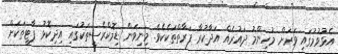
އެޅުވުމުގައި ވަރަށް މުހިންމު ދައުރެއް އަދާކުރާ ފަރާތްތަކެކެވެ. މިނިވަން ޑިމޮކްރެސީތަކުގައި އިދިކޮޅު ޕާޓީތަކަށް